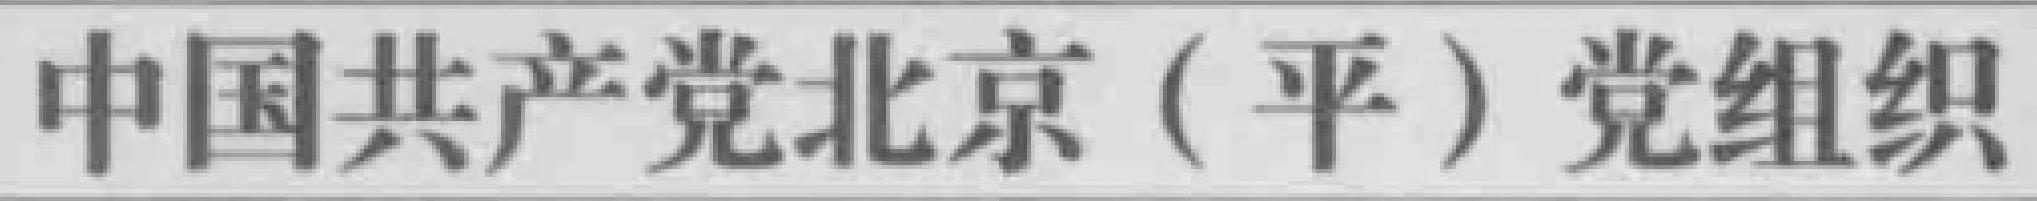
中国共产党北京（平）党组织